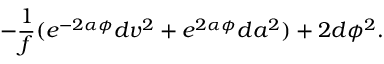
- \frac { 1 } { f } ( e ^ { - 2 \alpha \phi } d v ^ { 2 } + e ^ { 2 \alpha \phi } d a ^ { 2 } ) + 2 d \phi ^ { 2 } .